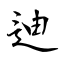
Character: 迪